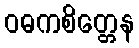
ဝဓကစိတ္တေန